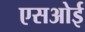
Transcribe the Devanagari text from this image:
एसओई